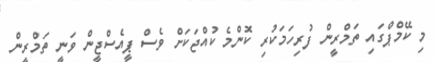
މި ކޭމްޕްގައި ތަމްރީން ފުރިހަމަކުރި ކޮންމެ ކުއްޖަކަށް ވެސް ޕީއެސްޖީން ވަނީ ތަމްރީން